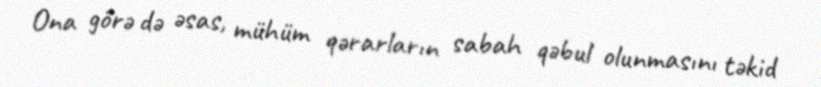
Ona görə də əsas, mühüm qərarların sabah qəbul olunmasını təkid